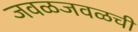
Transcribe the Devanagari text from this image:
जवळजवळची